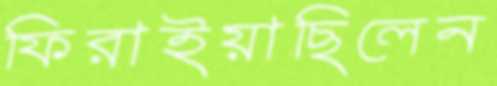
ফিরাইয়াছিলেন